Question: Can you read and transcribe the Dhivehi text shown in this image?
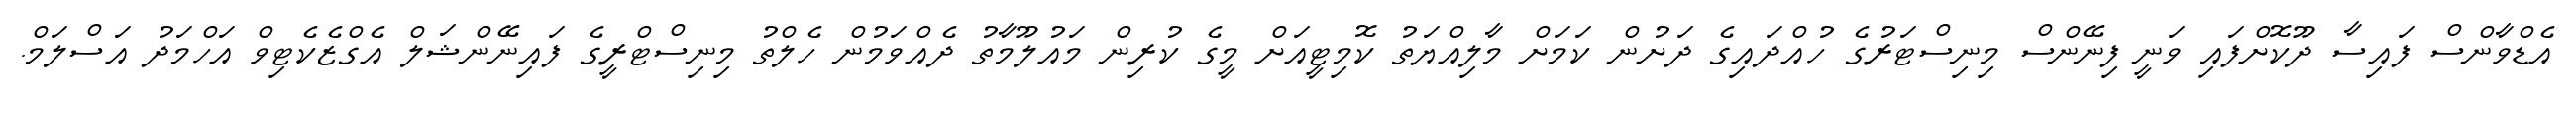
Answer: އެޑްވާންސް ފައިސާ ދޫކޮށްފައި ވަނީ ފިނޭންސް މިނިސްޓަރުގެ ހުއްދައިގެ ދަށުން ކަމަށް މާލިއްޔަތު ކޮމިޓީއަށް މީގެ ކުރިން މައުލޫމާތު ދެއްވަމުން ހެލްތު މިނިސްޓްރީގެ ފައިނޭންޝަލް އެގްޒެކެޓިވް އަހްމަދު އަސްލަމް.